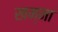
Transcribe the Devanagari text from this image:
खम्मा